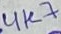
Text: 4K7